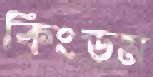
কিংডম